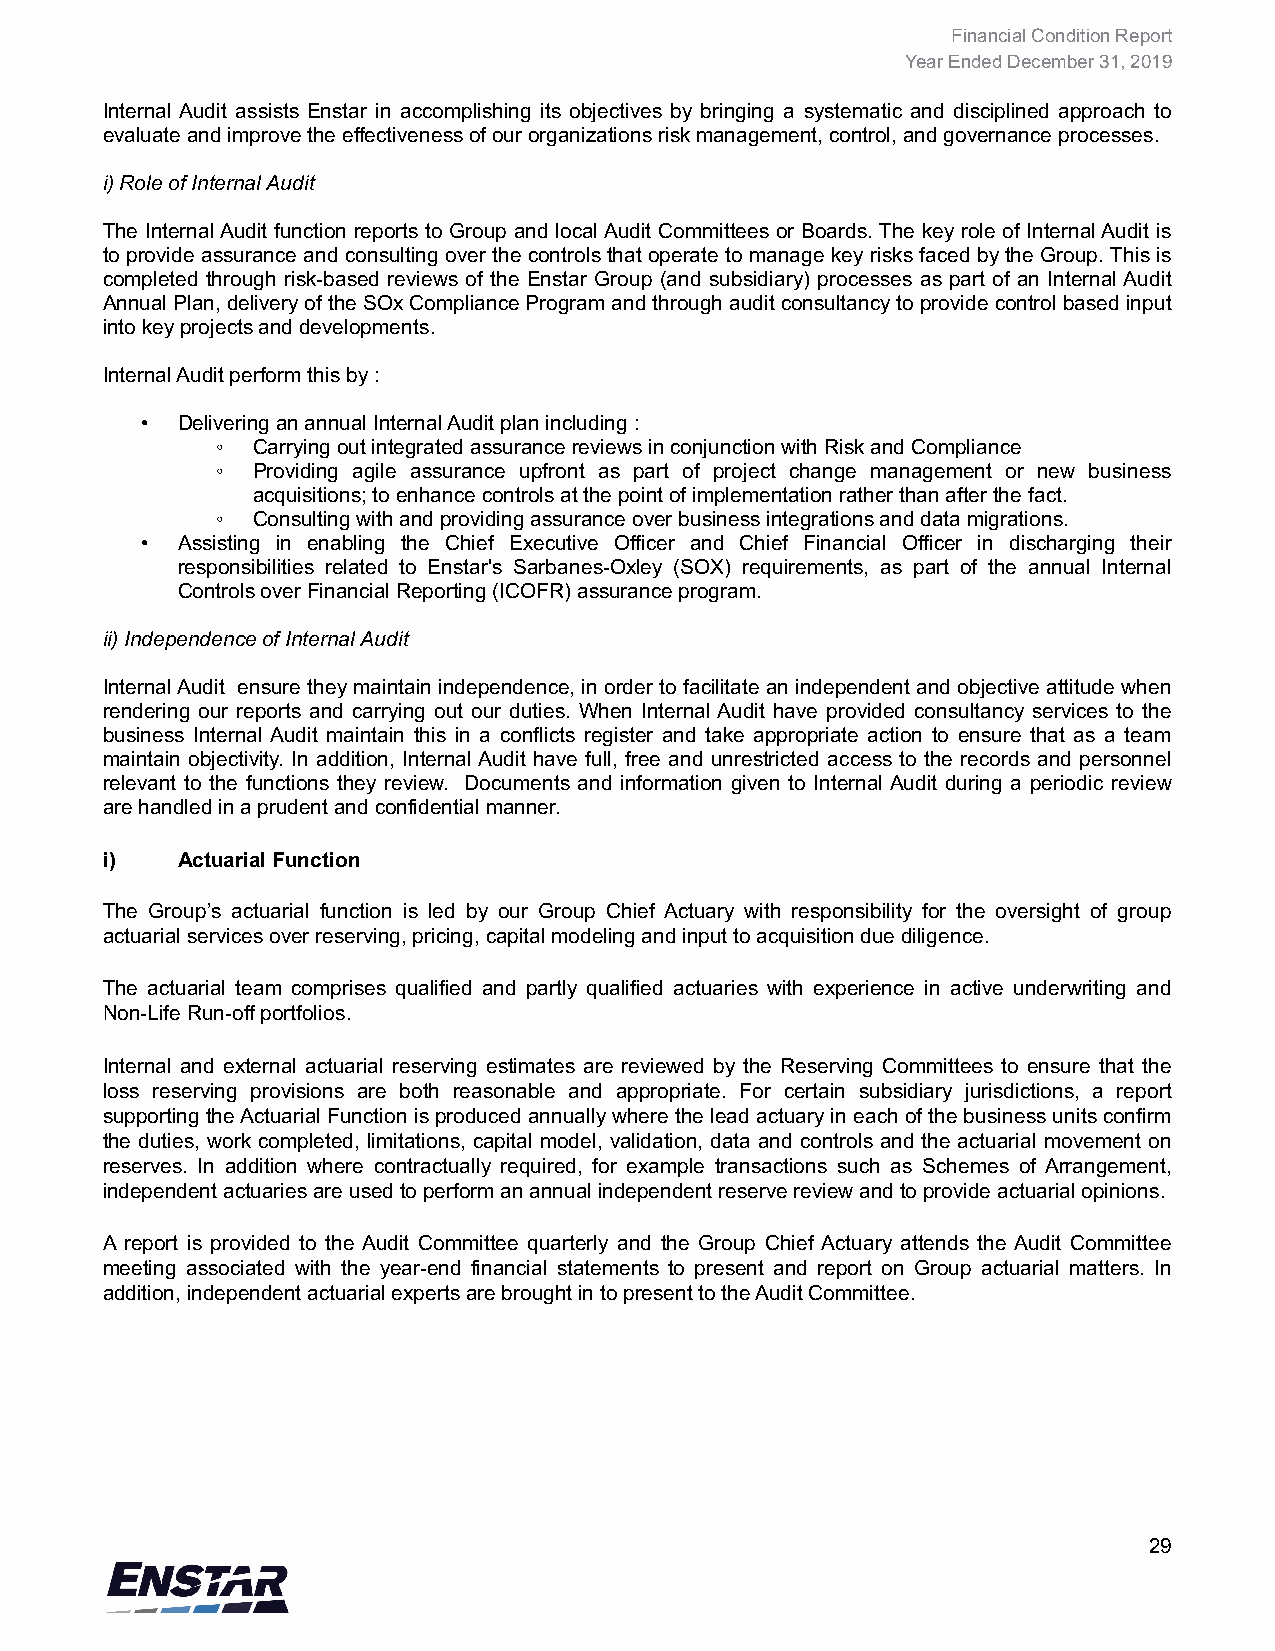
Financial Condition Report
 Year Ended December 31, 2019
 Internal Audit assists Enstar in accomplishing its objectives by bringing a systematic and disciplined approach to
 evaluate and improve the effectiveness of our organizations risk management, control, and governance processes.
 i) Role of Internal Audit
 The Internal Audit function reports to Group and local Audit Committees or Boards. The key role of Internal Audit is
 to provide assurance and consulting over the controls that operate to manage key risks faced by the Group. This is
 completed through risk-based reviews of the Enstar Group (and subsidiary) processes as part of an Internal Audit
 Annual Plan, delivery of the SOx Compliance Program and through audit consultancy to provide control based input
 into key projects and developments.
 Internal Audit perform this by :
 •  Delivering an annual Internal Audit plan including :
 ◦  Carrying out integrated assurance reviews in conjunction with Risk and Compliance
 ◦  Providing agile assurance upfront as part of project change management or new business
 acquisitions; to enhance controls at the point of implementation rather than after the fact.
 ◦  Consulting with and providing assurance over business integrations and data migrations.
 •  Assisting in enabling the Chief Executive Officer and Chief Financial Officer in discharging their
 responsibilities related to Enstar's Sarbanes-Oxley (SOX) requirements, as part of the annual Internal
 Controls over Financial Reporting (ICOFR) assurance program.
 ii) Independence of Internal Audit
 Internal Audit ensure they maintain independence, in order to facilitate an independent and objective attitude when
 rendering our reports and carrying out our duties. When Internal Audit have provided consultancy services to the
 business Internal Audit maintain this in a conflicts register and take appropriate action to ensure that as a team
 maintain objectivity. In addition, Internal Audit have full, free and unrestricted access to the records and personnel
 relevant to the functions they review. Documents and information given to Internal Audit during a periodic review
 are handled in a prudent and confidential manner.
 i)   Actuarial Function
 The Group’s actuarial function is led by our Group Chief Actuary with responsibility for the oversight of group
 actuarial services over reserving, pricing, capital modeling and input to acquisition due diligence.
 The actuarial team comprises qualified and partly qualified actuaries with experience in active underwriting and
 Non-Life Run-off portfolios.
 Internal and external actuarial reserving estimates are reviewed by the Reserving Committees to ensure that the
 loss reserving provisions are both reasonable and appropriate. For certain subsidiary jurisdictions, a report
 supporting the Actuarial Function is produced annually where the lead actuary in each of the business units confirm
 the duties, work completed, limitations, capital model, validation, data and controls and the actuarial movement on
 reserves. In addition where contractually required, for example transactions such as Schemes of Arrangement,
 independent actuaries are used to perform an annual independent reserve review and to provide actuarial opinions.
 A report is provided to the Audit Committee quarterly and the Group Chief Actuary attends the Audit Committee
 meeting associated with the year-end financial statements to present and report on Group actuarial matters. In
 addition, independent actuarial experts are brought in to present to the Audit Committee.
 29